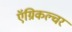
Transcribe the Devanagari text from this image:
ऍग्रिकल्चर